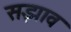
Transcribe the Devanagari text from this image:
सझाव